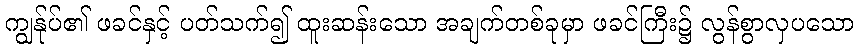
ကျွန်ုပ်၏ ဖခင်နှင့် ပတ်သက်၍ ထူးဆန်းသော အချက်တစ်ခုမှာ ဖခင်ကြီး၌ လွန်စွာလှပသော